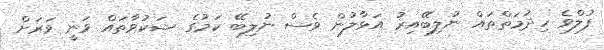
ފުލްވެ ހިދުމަތްތައް ނުލިބޭއިރު އަޅާލުން ވެސް ނުލިބޭ ކަމުގެ ޝަކުވާތައް ވަނީ ވަރަށް